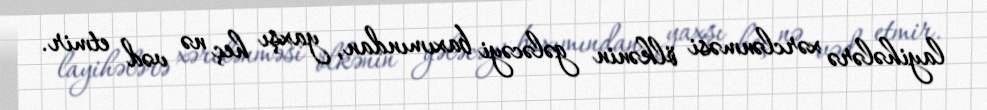
layihələrə xərclənməsi ölkənin gələcəyi baxımından, yaxşı heç nə vəd etmir.